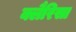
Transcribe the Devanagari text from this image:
क्लैरिसा